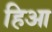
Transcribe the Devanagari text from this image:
हिआ